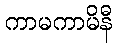
ကာမကာမိနီ